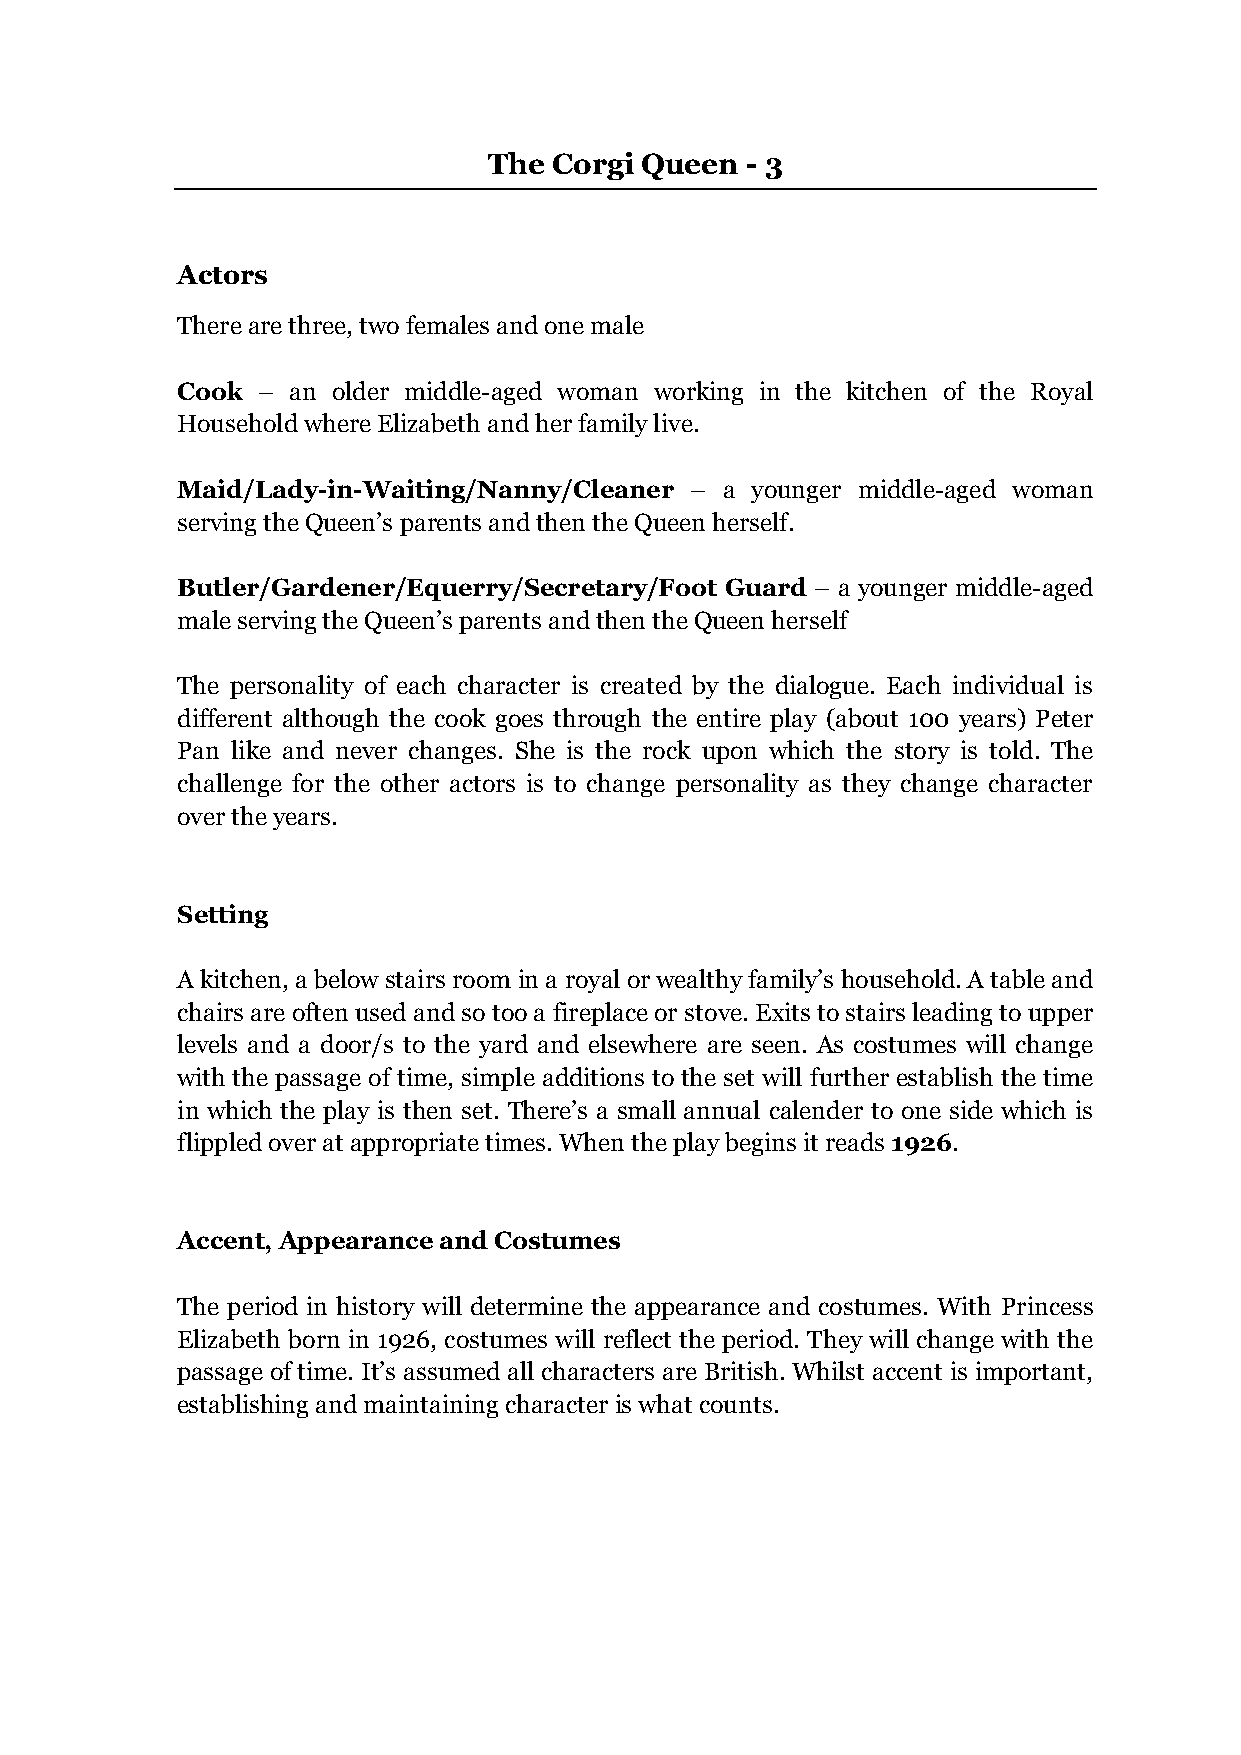
The  Corgi Queen - 3
 Actors
 There are three, two females and one male
 Cook – an older middle-aged woman working in the kitchen of the Royal
 Household where Elizabeth and her family live.
 Maid/Lady-in-Waiting/Nanny/Cleaner – a younger middle-aged woman
 serving the Queen’s parents and then the Queen herself.
 Butler/Gardener/Equerry/Secretary/Foot Guard – a younger middle-aged
 male serving the Queen’s parents and then the Queen herself
 The personality of each character is created by the dialogue. Each individual is
 different although the cook goes through the entire play (about 100 years) Peter
 Pan like and never changes. She is the rock upon which the story is told. The
 challenge for the other actors is to change personality as they change character
 over the years.
 Setting
 A kitchen, a below stairs room in a royal or wealthy family’s household. A table and
 chairs are often used and so too a fireplace or stove. Exits to stairs leading to upper
 levels and a door/s to the yard and elsewhere are seen. As costumes will change
 with the passage of time, simple additions to the set will further establish the time
 in which the play is then set. There’s a small annual calender to one side which is
 flippled over at appropriate times. When the play begins it reads 1926.
 Accent, Appearance and Costumes
 The period in history will determine the appearance and costumes. With Princess
 Elizabeth born in 1926, costumes will reflect the period. They will change with the
 passage of time. It’s assumed all characters are British. Whilst accent is important,
 establishing and maintaining character is what counts.